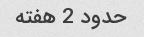
حدود 2 هفته